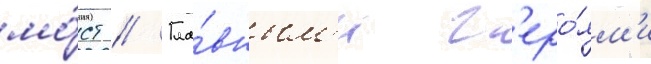
мо́ст // Гла́вным'и г'еро́ям'и